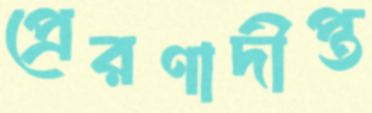
প্রেরণাদীপ্ত